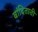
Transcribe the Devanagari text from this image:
बांदिताती